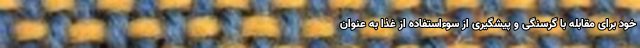
خود برای مقابله با گرسنگی و پیشگیری از سوءاستفاده از غذا به عنوان